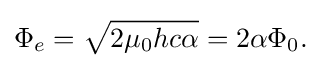
\Phi _{e}={\sqrt {2\mu _{0}hc\alpha }}=2\alpha \Phi _{0}.\